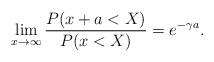
LaTeX: \begin{align*}\lim_{x\to\infty}\frac{P(x+a < X )}{P( x < X)}= e^{-\gamma a}.\end{align*}